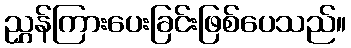
ညွှန်ကြားပေးခြင်းဖြစ်ပေသည်။